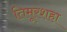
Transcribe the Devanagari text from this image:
तिमूरशहा